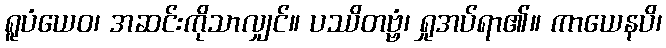
ရူပံယေဝ၊ အဆင်းကိုသာလျှင်။ ပဿိတဗ္ဗံ၊ ရှုအပ်ရာ၏။ ကာယေနပိ၊